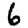
Digit: 6